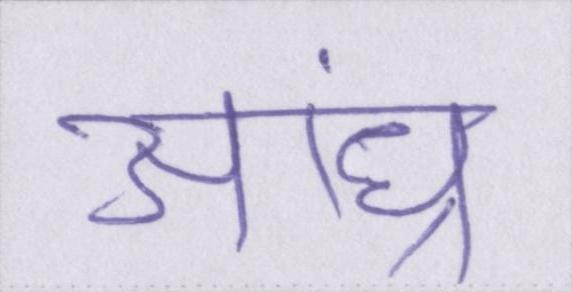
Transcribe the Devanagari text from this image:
आंध्र